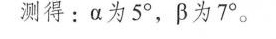
测得：α为5°，β为7°。